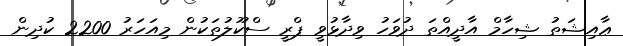
ޢާއިޝަތު ޝިހާމް އާދީއްތަ ދުވަހު ވިދާޅުވީ ޕްރީ ސްކޫލުތަކުން މިއަހަރު 2200 ކުދިން